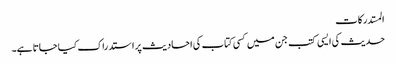
المستدرکات
حدیث کی ایسی کتب جن میں کسی کتاب کی احادیث پر استدراک کیا جاتا ہے۔